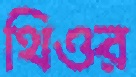
থিওর